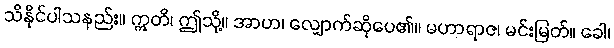
သိနိုင်ပါသနည်း။ ဣတိ၊ ဤသို့။ အာဟ၊ လျှောက်ဆိုပေ၏။ မဟာရာဇ၊ မင်းမြတ်။ ခေါ၊